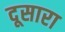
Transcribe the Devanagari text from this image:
दूसारा